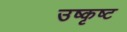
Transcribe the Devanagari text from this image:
उष्कृष्ट